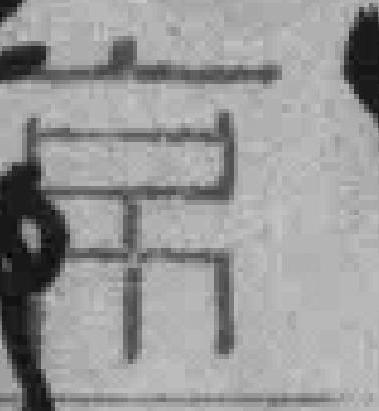
京